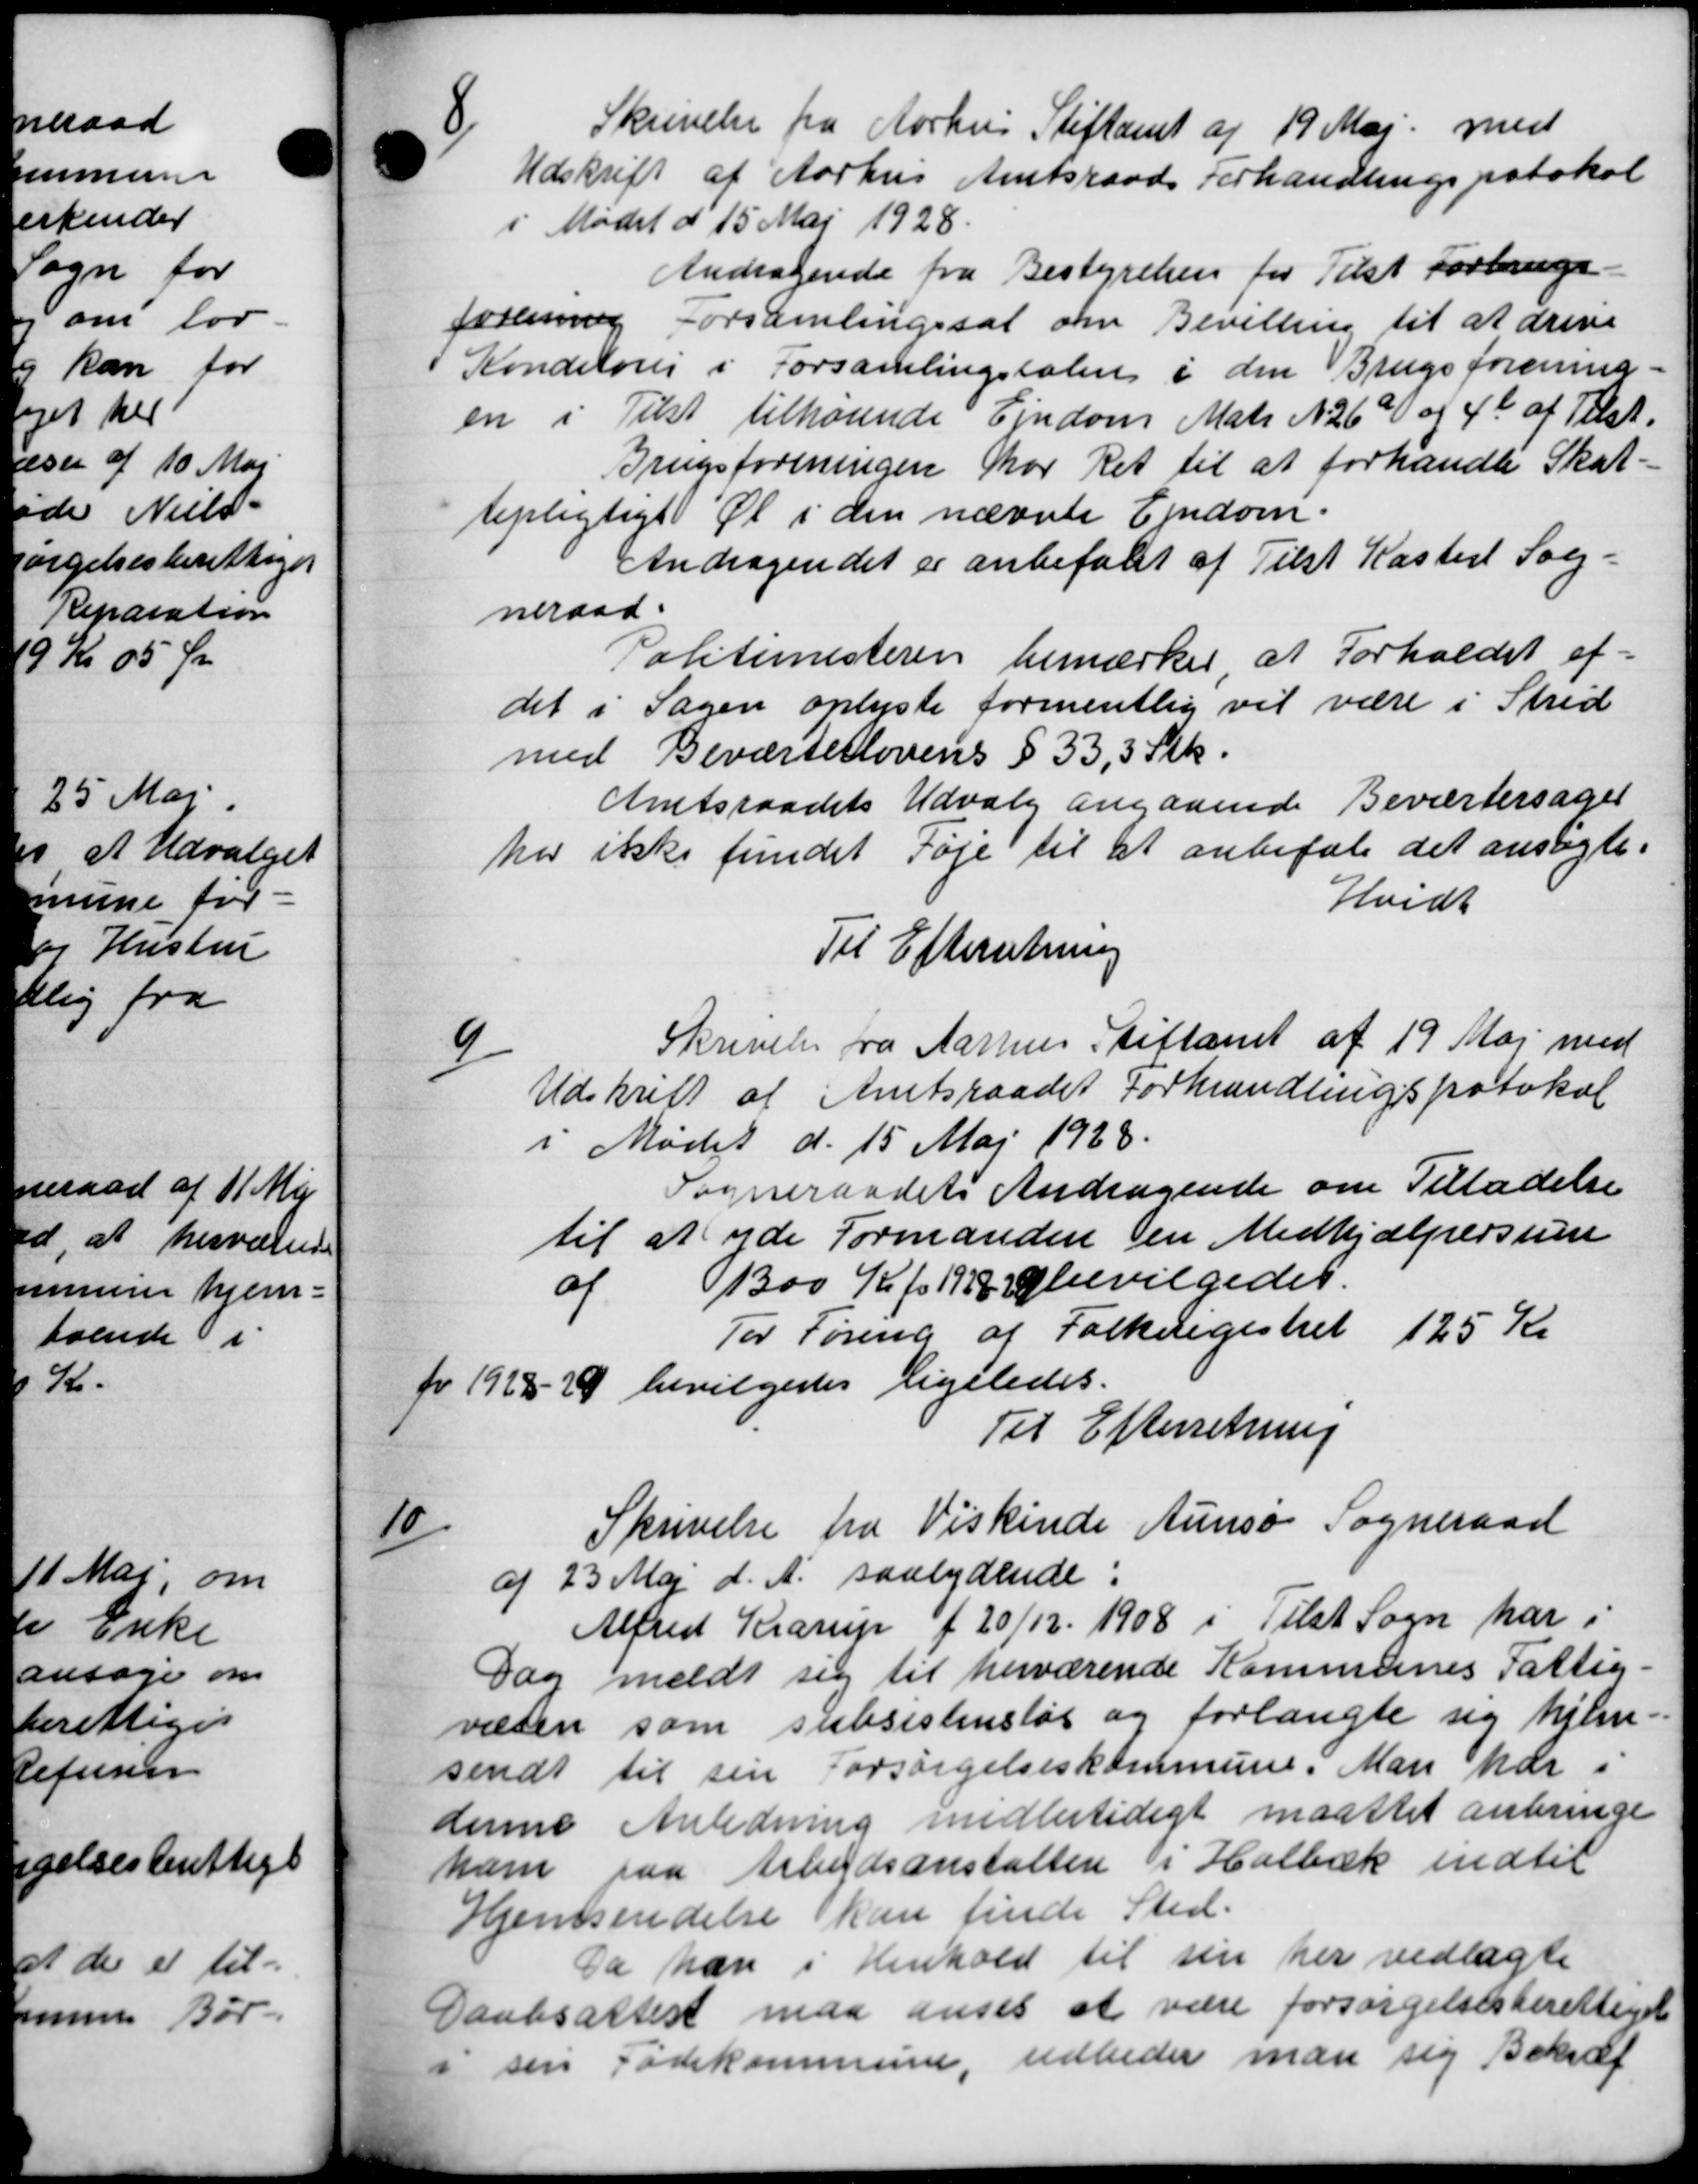
Transskription:
8
Skrivelse fra Aarhus Stiftamt af 19 Maj med
Udskrift af Aarhus Amtsraads Forhandlingsprotokol
i Mødet d 15 Maj 1928.
Andragende fra Bestyrelsen for Tilst Forbrugs
forening Forsamlingssal om Bevilling til at drive
Kondilover i Forsamlingssalen i den Brugsforening
en i Tilst tilhørende Ejendom Matr N 26a og 4b af Tilst.
Brugsforeningen for Ret til at forhandle Skat
tepligtigt Øl i den nævnte Ejendom.
Andragendet er anbefalet af Tilst Kaster Sog-
neraad.
Politimesteren bemærkes at Forholdet af-
det i Sagen oplyste formentlig vil være i Strid
med Beværtellovens § 33,3 Stk.
Amtsraadets Udvalg angaaende Beværtersaget
her ikke fundet Føje til at anbefale det ansøgte.
Hvidt
Til Efterretning
6/
Skrivelse fra Aarhus Stiftamt af 19 Maj med
Udskrift af Amtsraadet Forhandlingsprotokol
i Mødet d. 15 Maj 1938.
Sogneraadets Andragende om Tilladelse
til at yde Formanden en Medhjælpersum
af 1300 Kr p. 1944 bevilgedes.
For Føring af Folkeregistret 125 Kr
for 1928-29 bevilgedes ligeledes.
Til Efterretning
10/
Skrivelse fra Viskinde Aunsø Sogneraad
5
af 23 Maj d. A. saalydende
Alfred Krarup f 20/12 1908 i Tilst Sogn har i
Dag meldt sig til herværende Kommunes Fattig
væsen som subsistensløs og forlangte sig hjem-
sendt til sin Forsørgelseskommune. Man har i
denne Anledning midlertidigt maattet anbringe
ham paa Arbejdsanstalten i Holbæk indtil
Hjemsendelse kan finde Sted.
Da han i Henhold til sin her vedlagte
Daabsattest maa anses at være forsørgelsesberettiget
i sin Fødekommune, udbeder man sig Bekræf